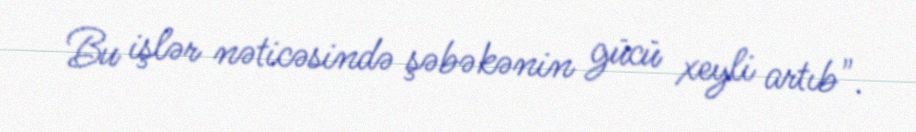
Bu işlər nəticəsində şəbəkənin gücü xeyli artıb".